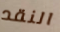
النقد